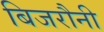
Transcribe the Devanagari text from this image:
बिजरौनी